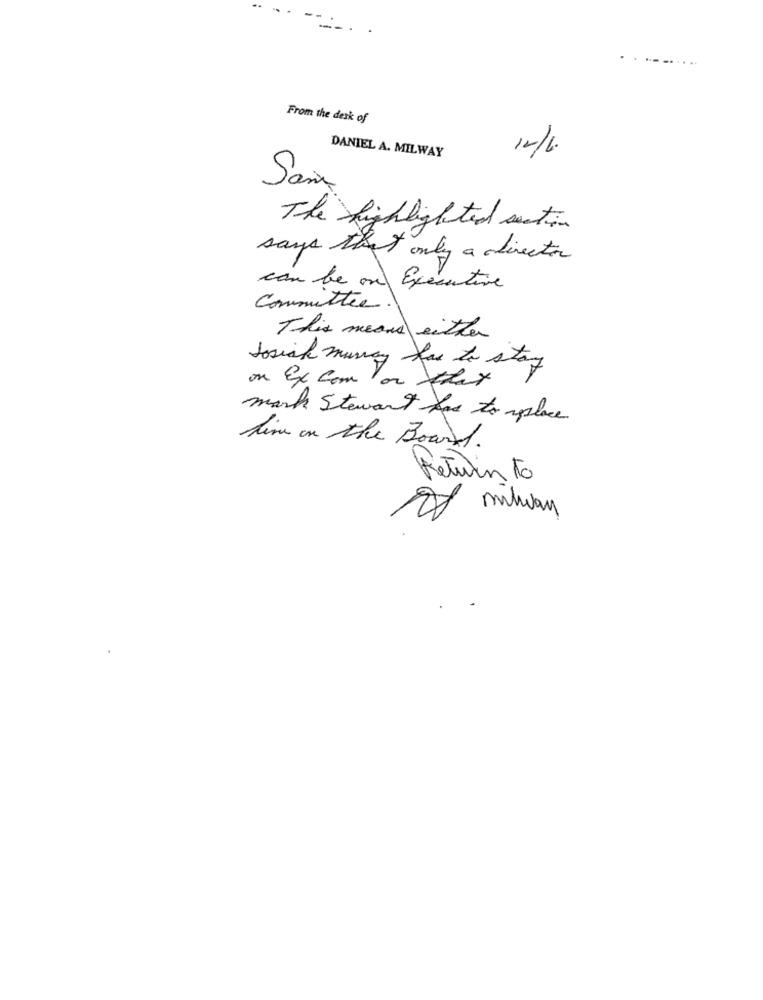
.----...
From the desk of
DANIEL A. MILWAY
San
The highlighted section
says that only a director
can be on Executive
Committee.
This means either
Josiah muncy has to stay
on Ex Com or they
mark Stewart has to replace
fine on the Board.
Return to
of milway